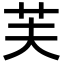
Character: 芙